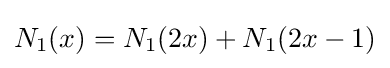
N_{1}(x)=N_{1}(2x)+N_{1}(2x-1)